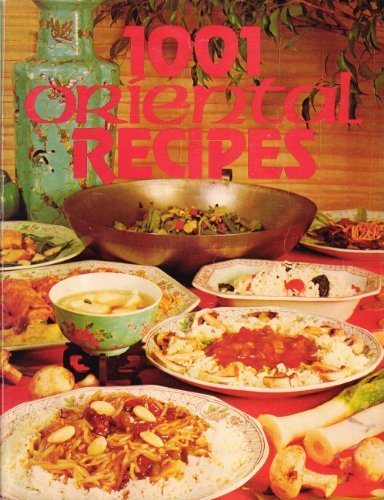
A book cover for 1001 Oriental Recipes; Rh Value Publishing; Cookbooks, Food & Wine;